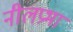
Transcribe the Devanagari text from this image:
नीलप्रभा